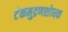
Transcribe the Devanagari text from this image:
टंकमुद्रणशोधक